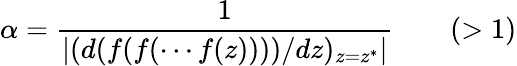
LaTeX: \alpha={\frac{1}{\left|(d(f(f(\cdots f(z))))/dz)_{z=z^{*}}\right|}}\qquad(>1)